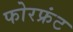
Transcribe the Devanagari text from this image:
फोरफ्रंट